Statistical return of the lunatic asylum in Assam - 1912-1932
Year: 1912
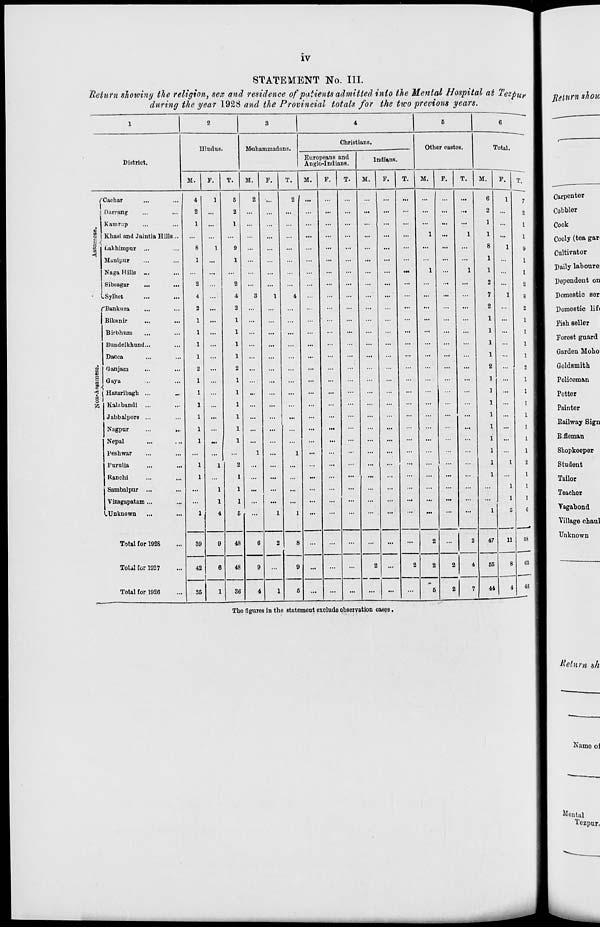
IV
STATEMENT No. III.
Return showiny the religion, sex and residence of patients admitted into the Mental Hospital at Tezpu?
during the year 1923 and the Provincial totals for the tico previous years.
The figures in the statement exclude observation cases.
Return shoic
■ —
1
1
2
3
4
5
6
——
1
Hindus.
Muhammadans.
Christians.
Other castes.
Tot.nl.
1
District.
Europeans and
Anglo-Indians.
Indians.
1
M.
P.
T.
M.
P.
T.
M.
F.
T.
M.
P.
T.
M.
P.
T.
M.
P.
1
T.
1
7
1
fCachar
4
1
5
2
i..
2
...
...
...
...
...
6
! Carpenter
. 1 Darrang
2
...
2
...
...
...
...
...
...
...
...
...
...
...
2
...
2
1 i
Cobbler
j Kamrnp
1
...
1
...
...
...
...
...
...
...
...
...
1
...
1 1 I Cook
S |
I
<
■
1
Khasi and Jaintia Hills...
Lakhimpur ...
Manipur
Naga Hills -..
Sil-Miirur
...
,..
.Sylhet
8
1
2
4
1
9
1
2
4
3
1
4
...
...
...
1
1
1
1
1
8
1
1
2
7
1
1
1 I
9 1
1 1
1
I
2
1
8
I
1 Cooly (tea gar
1
Cultivator
[ Daily laboure:
[
Dependent on
[
Domestic ser
fBankura
2
...
2
...
...
...
...
...
...
...
...
...
...
...
2
2
I j
Domestic lif(
1 Bikanir
Birbhum
1
1
...
1
1
...
...
...
...
...
...
...
...
...
1
1
...
t
PiBh seller
Bundelkhund...
1
...
1
1
[
Forest guard
Dacca
1
1
...
...
...
...
...
...
1
Garden Mo ho
U}
Ganjam
2
...
2
...
...
...
...
...
...
...
...
2
...
Goldsmith
S
t g
Gaya
1
...
1
...
...
...
...
...
...
...
...
...
...
...
1
...
Policeman
Hazaribagh ...
1
1
...
...
...
...
...
...
...
...
...
...
...
1
...
[
Potter
55 Kalabandi ...
Jabbalpore ...
Nagpur
Nepal
Peshwar
Purulia
Ranchi
1
1
1
1
1
1
1
1
1
1
1
2
1
1
...
1
...
...
...
...
...
...
...
...
1
1
1
1
1
1
1
1
Painter
Railway Sign
R.fleman
1
Shopkeeper
I
Student
[
Tailor
Sambalpur ...
Vizagapatam ...
•.Unknown
1
1
1
4
1
1
5
...
1
1
...
...
...
...
...
...
...
...
...
1
1
1
5
6 1
[
Teacher
I
Vagabond
48
48
58
1
1
\ illage chaul
Total for 1926
39
42
9
6
9
2
8
...
...
...
...
...
...
2
...
2
47
11
|
Unknown
6
9
...
...
...
2
...
2
2
2
4
55
8
03 II
Total for 1027
Total for 1926
35
1
36
4
1
5
...
...
...
...
...
6
2
7
44
4
a 11
itelnm sh
Name of
Mental
Tezpur.